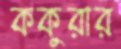
ককুরার